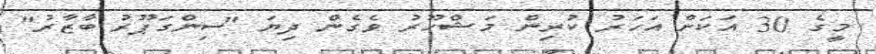
މީގެ 30 އަކަށް އަހަރު ކުރިން މަޝްހޫރު ވެގެން ދިޔަ "ސިންގަޕޫރު ބާޒާރު"